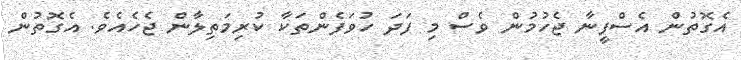
އެގޮތުން އެސްފީނާ ޖެހުމުން ވެސް މި ފަދަ ހުވަފެންތަކާ ކުރިމަތިލާން ޖެހެއެވެ. އެގޮތުން